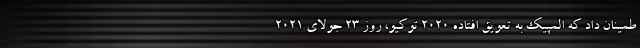
طمینان داد که المپیک به تعویق افتاده ۲۰۲۰ توکیو، روز ۲۳ جولای ۲۰۲۱